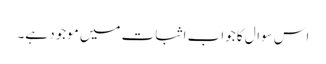
اس سوال کا جواب اثبات میں موجود ہے۔